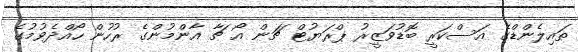
ތައިލެންޑްގެ އަސްކަރީ ބޮޑުވަޒީރު ޕްރަޔުޓް ޗަން އޯ ޗާ އާންމުންގެ ރުހުން ހޯއްދެވުމުގެ